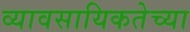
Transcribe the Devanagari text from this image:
व्यावसायिकतेच्या